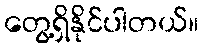
တွေ့ရှိနိုင်ပါတယ်။